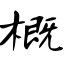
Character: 概